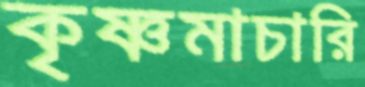
কৃষ্ণমাচারি